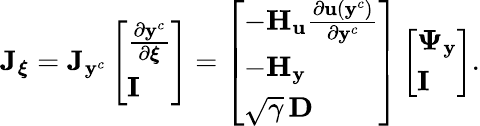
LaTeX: \mathbf{J}_{\boldsymbol{\xi}}=\mathbf{J}_{\mathbf{y}^{c}}\left[\begin{array}{l}{\frac{\partial\mathbf{y}^{c}}{\partial\boldsymbol{\xi}}}\\ {\mathbf{I}}\end{array}\right]=\left[\begin{array}{l}{-\mathbf{H}_{\mathbf{u}}\frac{\partial\mathbf{u}(\mathbf{y}^{c})}{\partial\mathbf{y}^{c}}}\\ {-\mathbf{H}_{\mathbf{y}}}\\ {\sqrt{\gamma}\, \mathbf{D}}\end{array}\right]\left[\begin{array}{l}{\boldsymbol{\Psi}_{\mathbf{y}}}\\ {\mathbf{I}}\end{array}\right].